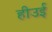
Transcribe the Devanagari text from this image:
हीउई